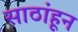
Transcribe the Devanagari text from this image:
साठांहून